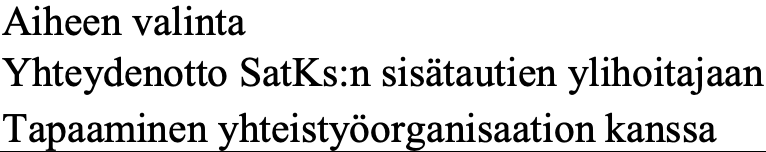
Aiheen valinta Yhteydenotto SatKs:n sisätautien ylihoitajaan Tapaaminen yhteistyöorganisaation kanssa